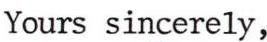
Yours sincerely,